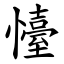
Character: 懛